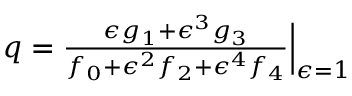
\begin{array} { r } { q = \frac { \epsilon g _ { 1 } + \epsilon ^ { 3 } g _ { 3 } } { f _ { 0 } + \epsilon ^ { 2 } f _ { 2 } + \epsilon ^ { 4 } f _ { 4 } } \Big | _ { \epsilon = 1 } } \end{array}